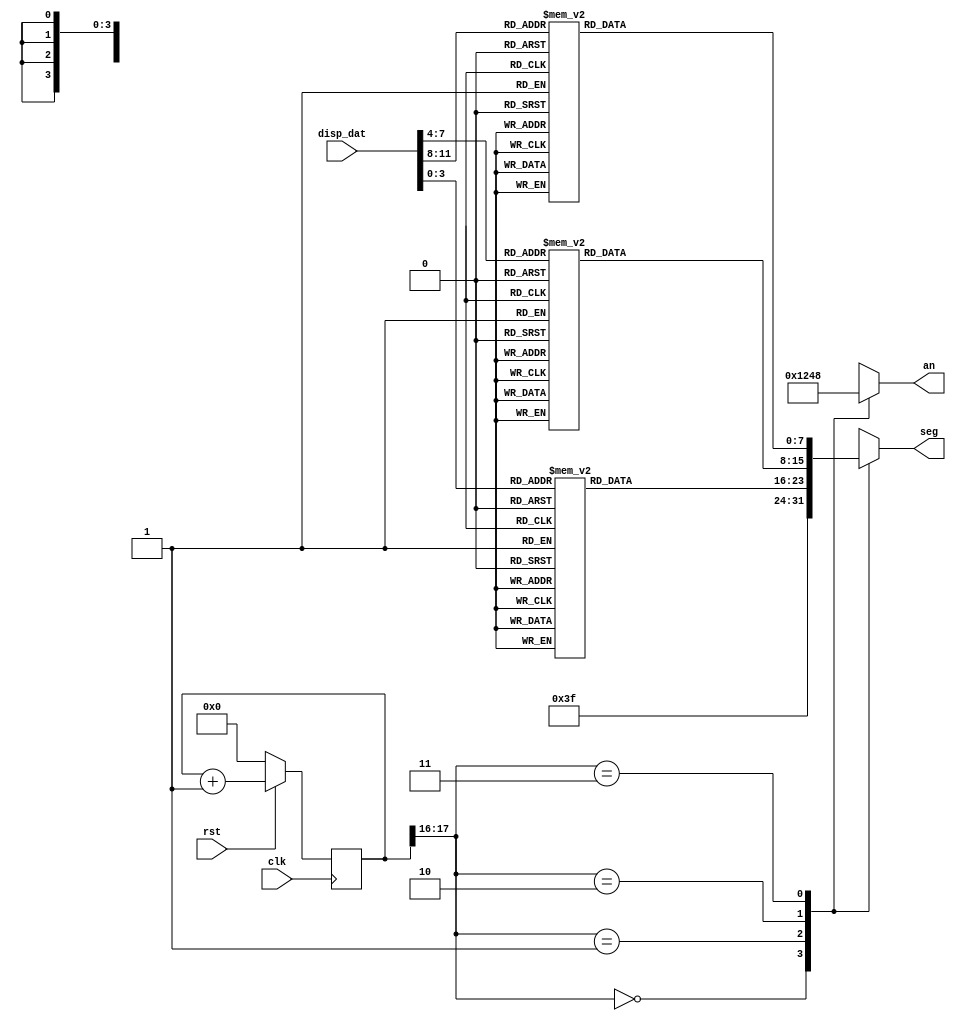
module digit_tubes(
    input wire clk,
    input wire rst,
    input wire [11:0] disp_dat,//32λҪʾ
//    input[15:0] sw, //
    output  reg [7:0] seg,//ܶѡЧ
    output reg [3:0] an //λѡЧ
);

//    reg[18:0] divclk_cnt = 0;//Ƶ
//    reg divclk = 0;//Ƶʱ

//    reg [3:0] sel;//һ߶ֵܵ

	   parameter   seg7_0 = ~8'hc0,    seg8_0 = ~8'h40;
	   parameter   seg7_1 = ~8'hf9,    seg8_1 = ~8'h79;
	   parameter   seg7_2 = ~8'ha4,    seg8_2 = ~8'h24;
	   parameter   seg7_3 = ~8'hb0,    seg8_3 = ~8'h30;
	   parameter   seg7_4 = ~8'h99,    seg8_4 = ~8'h19;
	   parameter   seg7_5 = ~8'h92,    seg8_5 = ~8'h12;
	   parameter   seg7_6 = ~8'h82,    seg8_6 = ~8'h02;
	   parameter   seg7_7 = ~8'hf8,    seg8_7 = ~8'h78;
	   parameter   seg7_8 = ~8'h80,    seg8_8 = ~8'h00;
	   parameter   seg7_9 = ~8'h90,    seg8_9 = ~8'h10;
	   parameter   _err = ~8'hcf;
	   
	   parameter   N = 18;
    
    reg     [7:0]   seg7_data2, seg8_data1, seg7_data0;   
    reg     [N-1 : 0]  regN; 
    reg     [3:0]       hex_in;//ʾλ
    
        always @ (posedge clk)   begin
        if (rst == 1'b0)    begin
            regN    <=  0;
        end else    begin
            regN    <=  regN + 1;
        end
    end
    always @ (*)    begin
        case (regN[N-1: N-2])//[17:16]
            2'b00:  begin
                an  <=  4'b0001;
                seg  <=  seg7_0;
            end
            2'b01:  begin
                an  <=  4'b0010;
                seg  <=  seg7_data0;
            end
            2'b10:  begin
                an  <=  4'b0100;
                seg  <=  seg8_data1;
            end
            2'b11:  begin
                an  <=  4'b1000;
                seg  <=  seg7_data2;
            end
            default:    begin
                an  <=  4'b1111;
                seg  <=  _err;
            end
        endcase
    end
	 
    always @ (*)    begin
        case (disp_dat[11:8])
            4'h0:       seg7_data2 <= seg7_0;
            4'h1:       seg7_data2 <= seg7_1;
            4'h2:       seg7_data2 <= seg7_2;
            4'h3:       seg7_data2 <= seg7_3;
            4'h4:       seg7_data2 <= seg7_4;
            4'h5:       seg7_data2 <= seg7_5;
            4'h6:       seg7_data2 <= seg7_6;
            4'h7:       seg7_data2 <= seg7_7;
            4'h8:       seg7_data2 <= seg7_8;
            4'h9:       seg7_data2 <= seg7_9;
            default:    seg7_data2 <= _err;
        endcase
    end
    always @ (*)    begin
        case (disp_dat[7:4])
            4'h0:       seg8_data1 <= seg8_0;
            4'h1:       seg8_data1 <= seg8_1;
            4'h2:       seg8_data1 <= seg8_2;
            4'h3:       seg8_data1 <= seg8_3;
            4'h4:       seg8_data1 <= seg8_4;
            4'h5:       seg8_data1 <= seg8_5;
            4'h6:       seg8_data1 <= seg8_6;
            4'h7:       seg8_data1 <= seg8_7;
            4'h8:       seg8_data1 <= seg8_8;
            4'h9:       seg8_data1 <= seg8_9;
            default:    seg8_data1 <= _err;
        endcase
    end
    
    always @ (*)    begin    
        case (disp_dat[3:0])
            4'h0:       seg7_data0 = seg7_0;
            4'h1:       seg7_data0 = seg7_1;
            4'h2:       seg7_data0 = seg7_2;
            4'h3:       seg7_data0 = seg7_3;
            4'h4:       seg7_data0 = seg7_4;
            4'h5:       seg7_data0 = seg7_5;
            4'h6:       seg7_data0 = seg7_6;
            4'h7:       seg7_data0 = seg7_7;
            4'h8:       seg7_data0 = seg7_8;
            4'h9:       seg7_data0 = seg7_9;
            default:    seg7_data0 = _err;
        endcase
    end
//    initial an=8'b00000001;//λ

//    reg[`RegBus] disp_dat=0;//Ҫʾ
    // reg[2:0] disp_bit=0;//Ҫʾλ
//    parameter maxcnt = 50000;// ڣ50000*2/100M

//    always@(clk)//divide the clk
//    begin
//        if(divclk_cnt==maxcnt)
//        begin
//            divclk=~divclk;
//            divclk_cnt=0;
//        end
//        else
//        begin
//            divclk_cnt=divclk_cnt+1'b1;
//        end
//    end

//    reg [20:0] cnt_dt;
    
//    initial cnt_dt = 20'b00000_00000_00000_00000;
    
//    always @ (posedge clk)begin//
//        cnt_dt<=cnt_dt+1'b1;
//    end
    
//    always@(*) begin
//        if(!rst)begin
//            an=8'b1111_1111;
//        end
//        else begin
//            case(cnt_dt[20:18])//ˢʾ˳
//              case(cnt_dt[20:19])
//                3'b000: begin an=8'b0111_1111; sel=disp_dat[31:28]; end
//                3'b001: begin an=8'b1011_1111; sel=disp_dat[27:24]; end
//                3'b010: begin an=8'b1101_1111; sel=disp_dat[23:20]; end
//                3'b011: begin an=8'b1110_1111; sel=disp_dat[19:16]; end
//                3'b100: begin an=8'b1111_0111; sel=disp_dat[15:12]; end
//                3'b101: begin an=8'b1111_1011; sel=disp_dat[11:8];  end
//                3'b110: begin an=8'b1111_1101; sel=disp_dat[7:4];   end
//                3'b111: begin an=8'b1111_1110; sel=disp_dat[3:0];   end
//                2'b00: begin an=8'b1111_0111; sel=disp_dat[15:12]; end
//                2'b01: begin an=8'b1111_1011; sel=disp_dat[11:8];  end
//                2'b10: begin an=8'b1111_1101; sel=disp_dat[7:4];   end
//                2'b11: begin an=8'b1111_1110; sel=disp_dat[3:0];   end
//            endcase 
//        end
//    end

//    always @(*) begin
//        case(sel)//ʾ0-F
//                4'h0 : seg = 8'hfc;
//                4'h1 : seg = 8'h60;
//                4'h2 : seg = 8'hda;
//                4'h3 : seg = 8'hf2;
//                4'h4 : seg = 8'h66;
//                4'h5 : seg = 8'hb6;
//                4'h6 : seg = 8'hbe;
//                4'h7 : seg = 8'he0;
//                4'h8 : seg = 8'hfe;
//                4'h9 : seg = 8'hf6;
//                4'ha : seg = 8'hee;
//                4'hb : seg = 8'h3e;
//                4'hc : seg = 8'h9c;
//                4'hd : seg = 8'h7a;
//                4'he : seg = 8'h9e;
//                4'hf : seg = 8'h8e;
//            endcase
//    end

endmodule